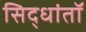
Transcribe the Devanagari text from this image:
सिद्धांतॉ